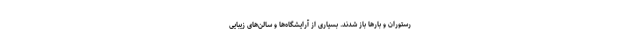
رستوران و بارها باز شدند. بسیاری از آرایشگاه‌ها و سالن‌های زیبایی